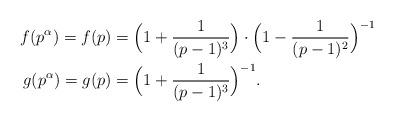
LaTeX: \begin{align*}f(p^{\alpha}) = f(p) & = \Big ( 1 + \frac{1}{(p-1)^3} \Big ) \cdot \Big ( 1 - \frac{1}{(p-1)^2} \Big )^{-1} \\g(p^{\alpha}) = g(p) & = \Big ( 1 + \frac{1}{(p-1)^3} \Big )^{-1}.\end{align*}